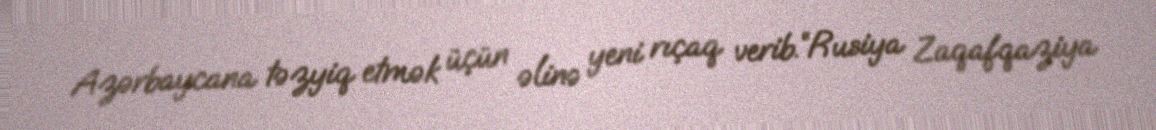
Azərbaycana təzyiq etmək üçün əlinə yeni rıçaq verib.“Rusiya Zaqafqaziya